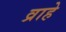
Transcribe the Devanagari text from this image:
व्राहे